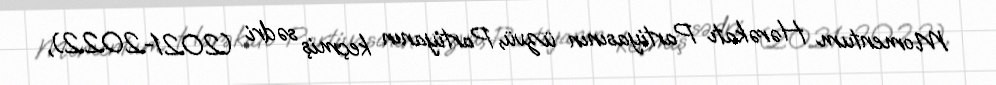
Momentum Hərəkatı Partiyasının üzvü, Partiyanın keçmiş sədri (2021-2022),